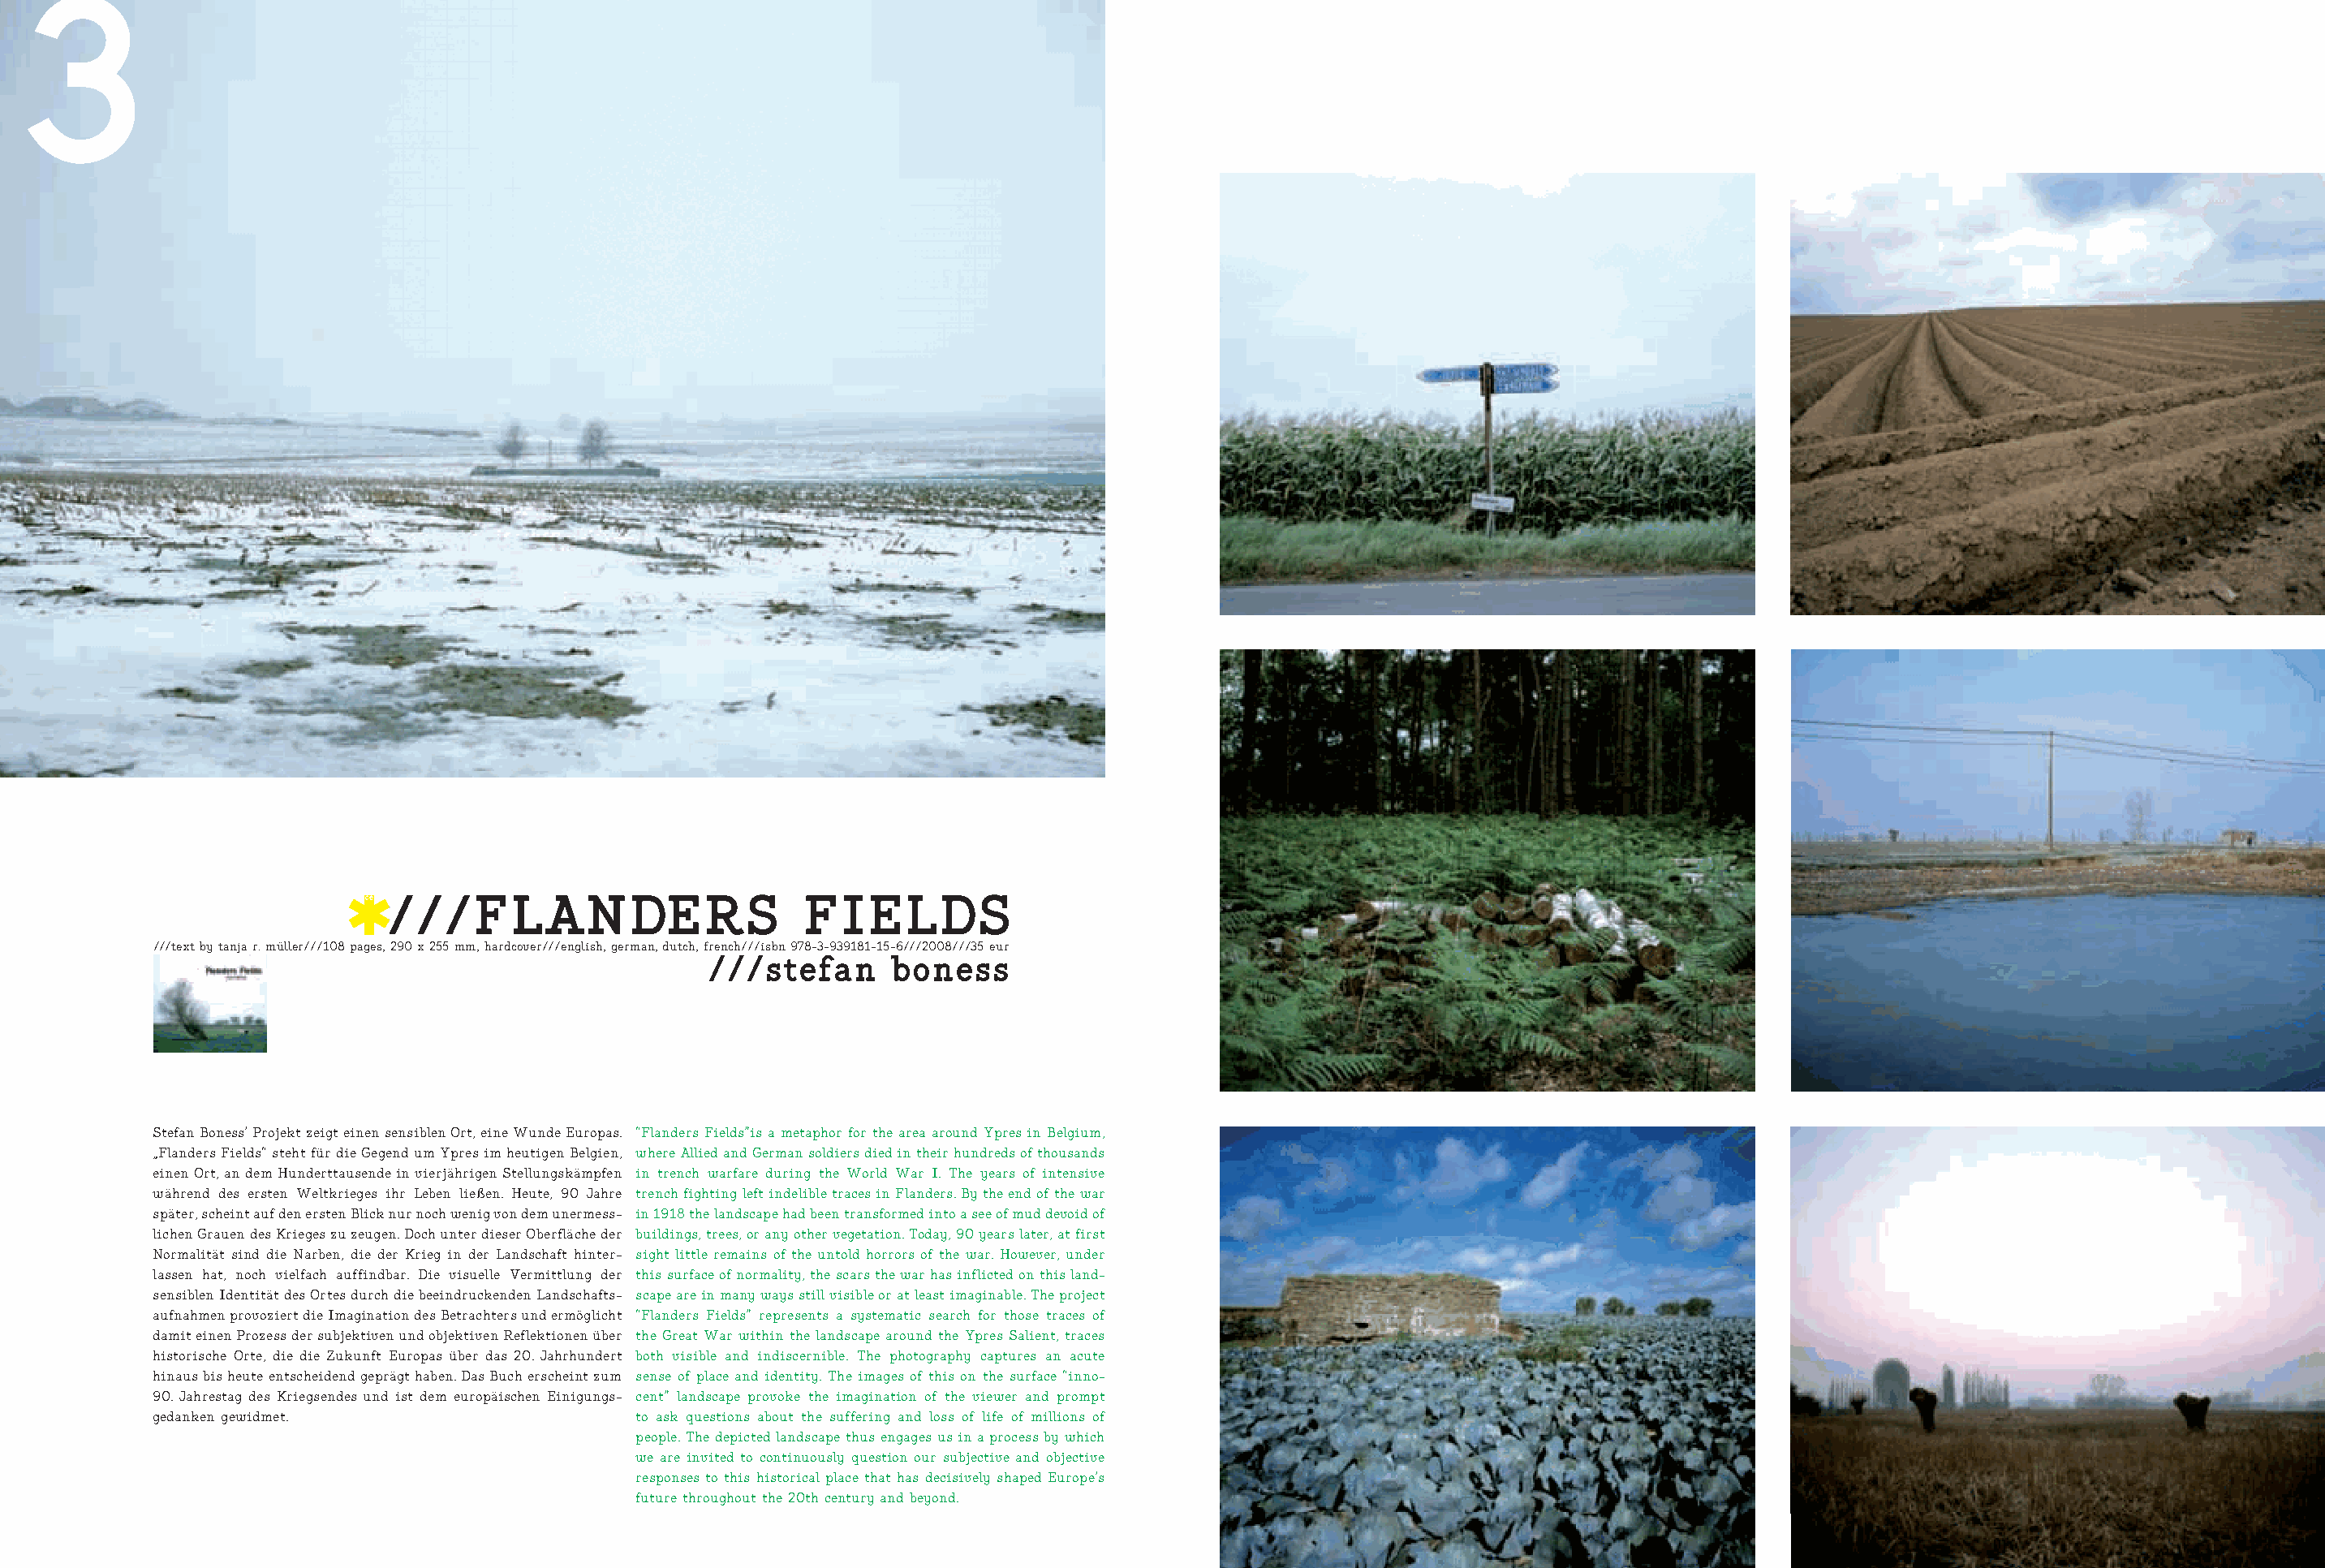
3
 //////FFLLAANNDDEERRSS           FFIIEELLDDSS
 ///text by tanja r. müller///108 pages, 290 x 255 mm, hardcover///english, german, dutch, french///isbn 978-3-939181-15-6///2008///35 eur
 ///stefan      boness
 Stefan Boness’ Projekt zeigt einen sensiblen Ort, eine Wunde Europas. “Flanders Fields”is a metaphor for the area around Ypres in Belgium,
 „Flanders Fields“ steht für die Gegend um Ypres im heutigen Belgien, where Allied and German soldiers died in their hundreds of thousands
 einen Ort, an dem Hunderttausende in vierjährigen Stellungskämpfen in trench warfare during the World War I. The years of intensive
 während des ersten Weltkrieges ihr Leben ließen. Heute, 90 Jahre trench fighting left indelible traces in Flanders. By the end of the war
 später, scheint auf den ersten Blick nur noch wenig von dem unermess- in 1918 the landscape had been transformed into a see of mud devoid of
 lichen Grauen des Krieges zu zeugen. Doch unter dieser Oberfläche der buildings, trees, or any other vegetation. Today, 90 years later, at first
 Normalität sind die Narben, die der Krieg in der Landschaft hinter- sight little remains of the untold horrors of the war. However, under
 lassen hat, noch vielfach auffindbar. Die visuelle Vermittlung der this surface of normality, the scars the war has inflicted on this land-
 sensiblen Identität des Ortes durch die beeindruckenden Landschafts- scape are in many ways still visible or at least imaginable. The project
 aufnahmen provoziert die Imagination des Betrachters und ermöglicht “Flanders Fields” represents a systematic search for those traces of
 damit einen Prozess der subjektiven und objektiven Reflektionen über the Great War within the landscape around the Ypres Salient, traces
 historische Orte, die die Zukunft Europas über das 20. Jahrhundert both visible and indiscernible. The photography captures an acute
 hinaus bis heute entscheidend geprägt haben. Das Buch erscheint zum sense of place and identity. The images of this on the surface “inno-
 90. Jahrestag des Kriegsendes und ist dem europäischen Einigungs- cent” landscape provoke the imagination of the viewer and prompt
 gedanken gewidmet.                      to ask questions about the suffering and loss of life of millions of
 people. The depicted landscape thus engages us in a process by which
 we are invited to continuously question our subjective and objective
 responses to this historical place that has decisively shaped Europe’s
 future throughout the 20th century and beyond.